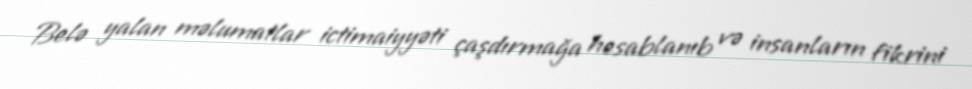
Belə yalan məlumatlar ictimaiyyəti çaşdırmağa hesablanıb və insanların fikrini